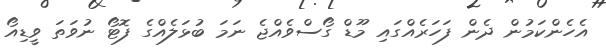
އެހެންކަމުން ދެން ފަހަރެއްގައި މޫޑް ގޯސްވެއްޖެ ނަމަ ބުޅަލެއްގެ ފޮޓޯ ނުވަތަ ވީޑިއޯ